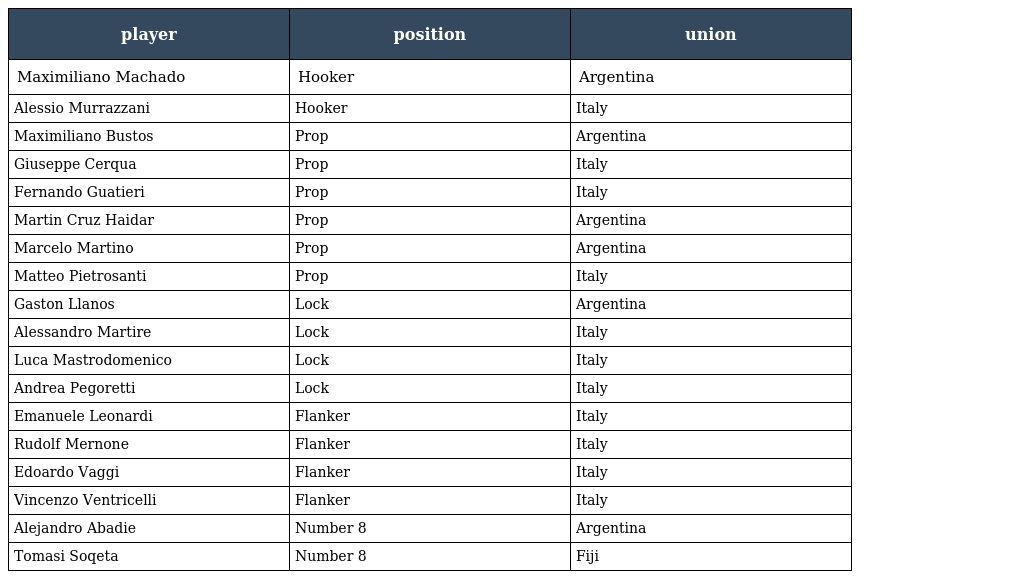
| player | position | union |
 | --- | --- | --- |
 | Maximiliano Machado | Hooker | Argentina |
 | Alessio Murrazzani | Hooker | Italy |
 | Maximiliano Bustos | Prop | Argentina |
 | Giuseppe Cerqua | Prop | Italy |
 | Fernando Guatieri | Prop | Italy |
 | Martin Cruz Haidar | Prop | Argentina |
 | Marcelo Martino | Prop | Argentina |
 | Matteo Pietrosanti | Prop | Italy |
 | Gaston Llanos | Lock | Argentina |
 | Alessandro Martire | Lock | Italy |
 | Luca Mastrodomenico | Lock | Italy |
 | Andrea Pegoretti | Lock | Italy |
 | Emanuele Leonardi | Flanker | Italy |
 | Rudolf Mernone | Flanker | Italy |
 | Edoardo Vaggi | Flanker | Italy |
 | Vincenzo Ventricelli | Flanker | Italy |
 | Alejandro Abadie | Number 8 | Argentina |
 | Tomasi Soqeta | Number 8 | Fiji |